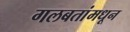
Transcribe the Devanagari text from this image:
गलबतांमधून